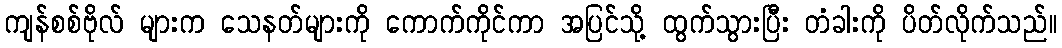
ကျန်စစ်ဗိုလ် များက သေနတ်များကို ကောက်ကိုင်ကာ အပြင်သို့ ထွက်သွားပြီး တံခါးကို ပိတ်လိုက်သည်။